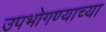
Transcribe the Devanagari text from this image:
उपभोगण्याच्या